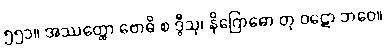
၅၅၁။ အဿတ္ထော ဗောဓိ စ ဒွီသု၊ နိဂြောဓော တု ဝဋော ဘဝေ။